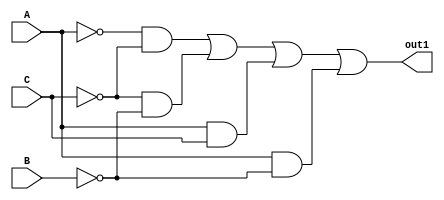


//Tabla1
module tabla1ejercicio1(input wire A,B,C, output wire out1);
  wire   wa,wb,wc,s1,s2,s3,s4,s5;

  not n1(wa,A);
  not n2(wb,B);
  not n3(wc,C);

  and a1(s1,wa,wc);
  and a2(s2,wc,wb);
  and a3(s3,A,C);
  and a4(s4,A,wb);

  or or1(out1,s1,s2,s3,s4);
endmodule

module tabla2ejercicio1(input wire A,B,C, output wire out2);
  wire wa,wb,wc,s5,s6 ;

  not n1(wa,A);
  not n2(wb,B);
  not n3(wc,C);

  and a5(s5,wb,wc);
  and a6(s6,A,wb);

  or or2(out2,s5,s6);
endmodule

module tabla3ejercicio1(input wire A,B,C,D, output wire out3);
  wire  wa,wb,wc,wd,s7,s8,s9,s10,s11,s12,s13,s14;

  not n1(wa,A);
  not n2(wb,B);
  not n3(wc,C);
  not n4(wd,D);

  and a7(s7,wa,wb,wc,wd);
  and a8(s8,A,B,wc,wd);
  and a9(s9,A,wb,C,wd);
  and a10(s10,wa,B,C,wd);
  and a11(s11,wa,wb,C,D);
  and a12(s12,A,B,C,D);
  and a13(s13,A,wb,wc,D);
  and a14(s14,wa,B,wc,D);

  or or3(out3,s7,s8,s9,s10,s12,s13,s14);
endmodule

module  tabla4ejercicio1(input wire A,B,C,D, output wire out4);

  wire wa,wb,wc,wd,s15,s16,s17,s18 ;

  not n1(wa,A);
  not n2(wb,B);
  not n3(wc,C);
  not n4(wd,D);

  and a15(s15,A,wc,wd);
  and a16(s16,A,B);
  and a17(s17,A,C,D);

  or or4(out4,s15,s16,s17);

endmodule

module tabla1ejercicio2(input wire A,B,C,D, output wire out5);
  assign out5=(A & ~B)|(~B & ~C & ~D) |(A & !D) | (A & ~C & D);
endmodule

module tabla2ejercicio2(input wire A,B,C, output wire out6 );
  assign out6=!B | C;
endmodule

module tabla3ejercicio2(input wire A,B,C,D, output wire out7 );
  assign out7=(~A & ~B)|(A)|(A & ~B);
endmodule

module tabla4ejercicio2(input wire A,B,C, output wire out8 );
  assign out8=(B)|(~A & ~C);
endmodule